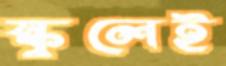
স্কুলেই